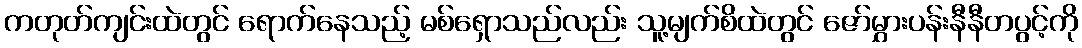
ကတုတ်ကျင်းထဲတွင် ရောက်နေသည့် မစ်ရှောသည်လည်း သူ့မျက်စိထဲတွင် ဇော်မွှားပန်းနီနီတပွင့်ကို